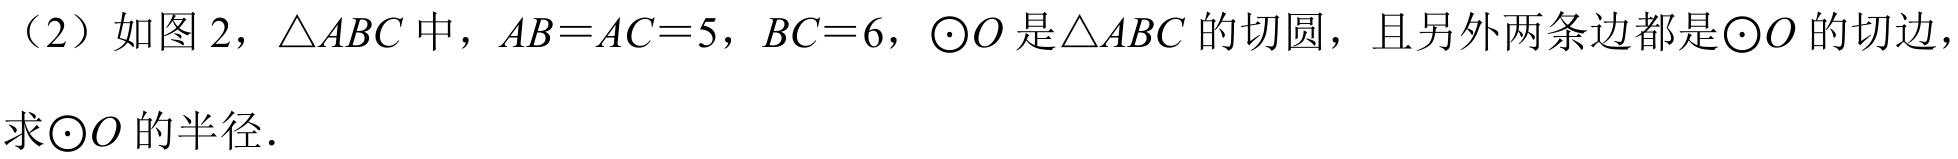
（2）如图2，\(\triangle ABC\)中，\(AB = AC = 5\)，\(BC = 6\)，\(\odot O\)是\(\triangle ABC\)的切圆，且另外两条边都是\(\odot O\)的切边，\\
求\(\odot O\)的半径．